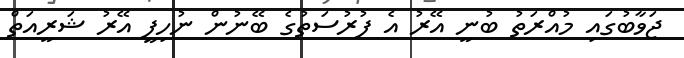
ޖަވާބުގައި މުއްރަތު ބުނީ އޭރު އެ ފުރުސަތުގެ ބޭނުން ނުހިފީ އޭރު ޝަރީއަތް